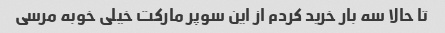
تا حالا سه بار خرید کردم از این سوپر مارکت خیلی خوبه مرسی